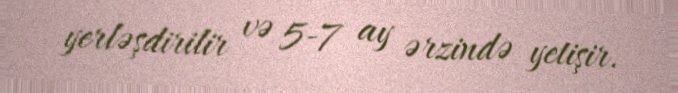
yerləşdirilir və 5-7 ay ərzində yetişir.